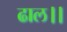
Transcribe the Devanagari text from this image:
ढाल।।